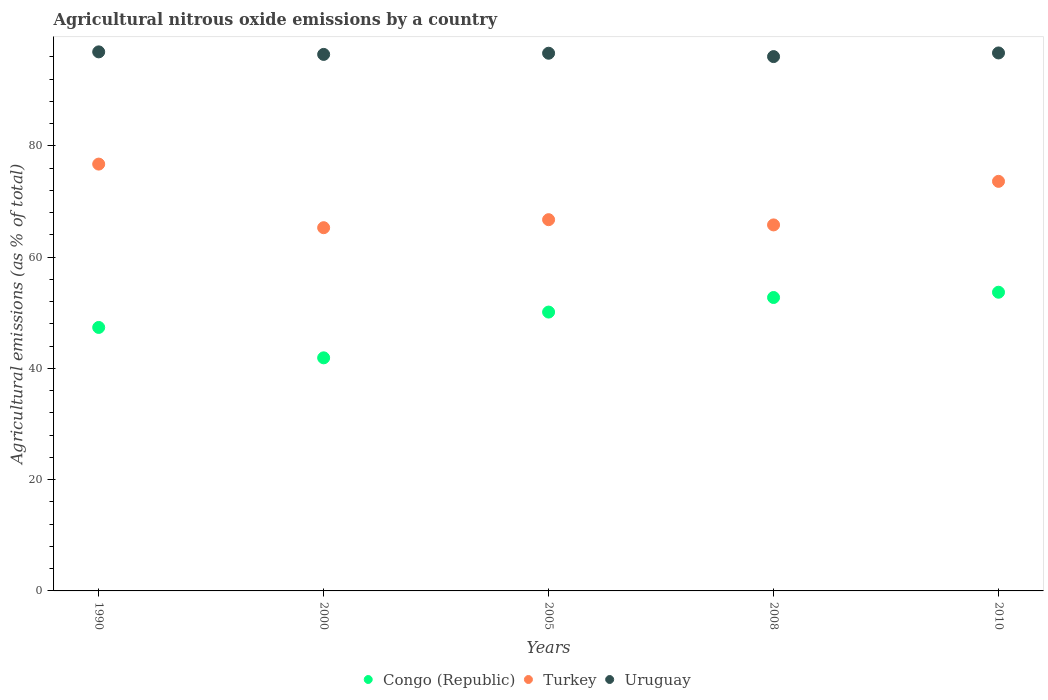
| Years | Congo (Republic) | Turkey | Uruguay |
 | --- | --- | --- | --- |
 | 1990 | 47.4 | 76.7 | 96.9 |
 | 2000 | 41.9 | 65.3 | 96.5 |
 | 2005 | 50.1 | 66.7 | 96.7 |
 | 2008 | 52.7 | 65.8 | 96.1 |
 | 2010 | 53.7 | 73.6 | 96.7 |